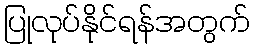
ပြုလုပ်နိုင်ရန်အတွက်